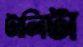
টালিটা